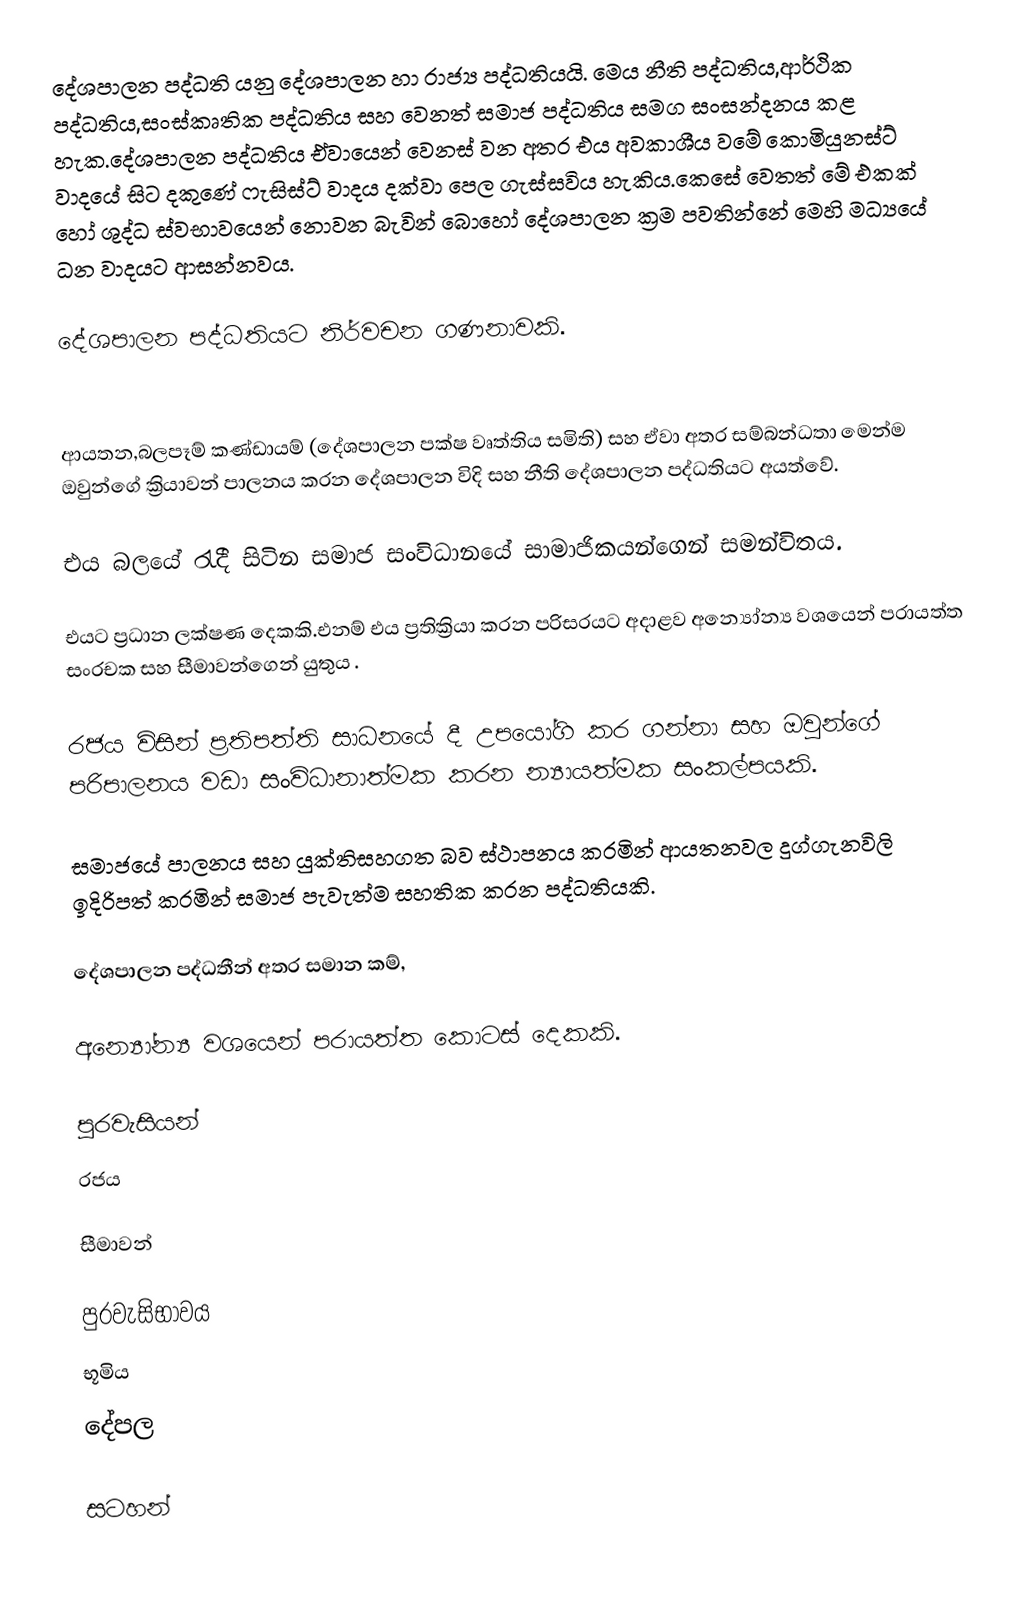
දේශපාලන පද්ධති යනු දේශපාලන හා රාජ්‍ය පද්ධතියයි. මෙය නීති පද්ධතිය,ආර්ථික පද්ධතිය,සංස්කෘතික පද්ධතිය සහ වෙනත් සමාජ පද්ධතිය සමග සංසන්දනය කළ හැක.දේශපාලන පද්ධතිය ඒවායෙන් වෙනස් වන අතර එය අවකාශීය වමේ කොමියුනස්ට් වාදයේ සිට දකුණේ ෆැසිස්ට් වාදය දක්වා පෙල ගැස්සවිය හැකිය.කෙසේ වෙතත් මේ එකක් හෝ ශුද්ධ ස්වභාවයෙන් නොවන බැවින් බොහෝ දේශපාලන ක්‍රම පවතින්නේ මෙහි මධ්‍යයේ ධන වාදයට ආසන්නවය.

දේශපාලන පද්ධතියට නිර්වචන ගණනාවකි.

 ආයතන,බලපෑම් කණ්ඩායම් (දේශපාලන පක්ෂ වෘත්තිය සමිති) සහ ඒවා අතර සම්බන්ධතා මෙන්ම ඔවුන්ගේ ක්‍රියාවන් පාලනය කරන දේශපාලන විදි සහ නීති දේශපාලන පද්ධතියට අයත්වේ.

 එය බලයේ රැදී සිටින සමාජ සංවිධානයේ සාමාජිකයන්ගෙන් සමන්විතය.

 එයට ප්‍රධාන ලක්ෂණ දෙකකි.එනම් එය ප්‍රතික්‍රියා කරන පරිසරයට අදාළව අන්‍යෝන්‍ය වශයෙන් පරායත්ත සංරචක සහ සීමාවන්ගෙන් යුතුය  .

 රජය විසින් ප්‍රතිපත්ති සාධනයේ දී උපයෝගි කර ගන්නා සහ ඔවුන්ගේ පරිපාලනය වඩා සංවිධානාත්මක කරන න්‍යායත්මක සංකල්පයකි.

 සමාජයේ පාලනය සහ යුක්තිසහගත බව ස්ථාපනය කරමින් ආයතනවල දුග්ගැනවිලි ඉදිරිපත් කරමින්  සමාජ පැවැත්ම සහතික කරන පද්ධතියකි.

දේශපාලන පද්ධතීන් අතර සමාන කම්,

අන්‍යෝන්‍ය වශයෙන් පරායත්ත කොටස් දෙකකි.

 පුරවැසියන්
 රජය

සීමාවන්

 පුරවැසිභාවය
 භූමිය
 දේපල

සටහන්